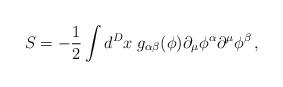
LaTeX: \begin{align*}S=-\frac 12 \int d^Dx \; g_{\alpha\beta}(\phi) \partial_\mu \phi^\alpha\partial^\mu \phi^\beta\,,\end{align*}